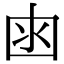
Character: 𡇋